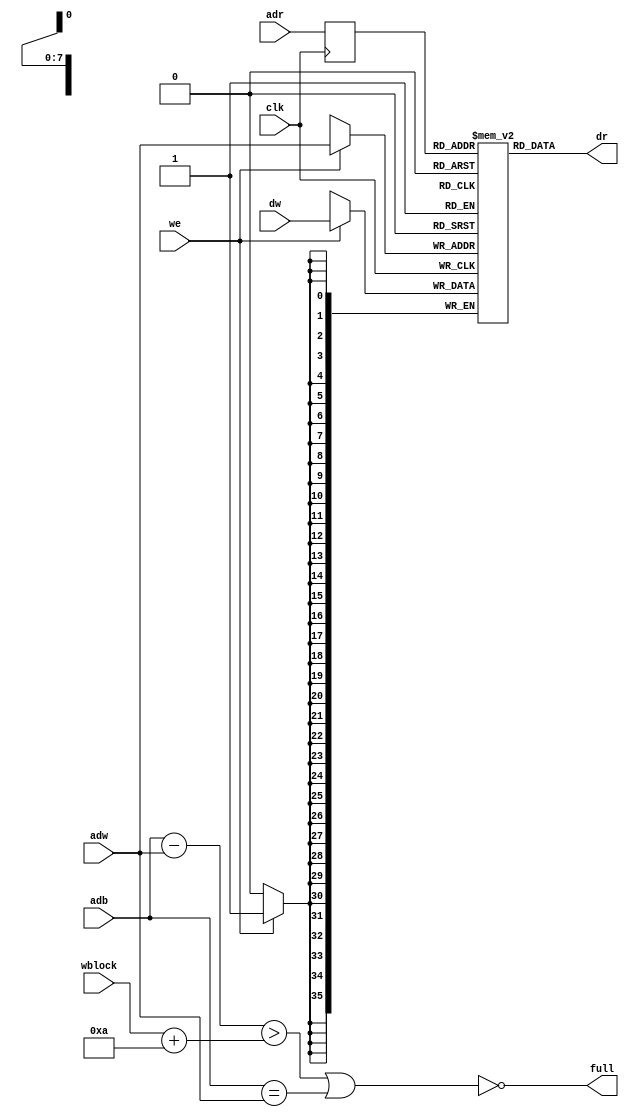
// This  Verilog HDL  source  file was  automatically generated
// by C++ model based on VPP library. Modification of this file
// is possible, but if you want to keep it in sync with the C++
// model,  please  modify  the model and re-generate this file.
// VPP library web-page: http://www.phys.ufl.edu/~madorsky/vpp/

// Timestamp : Mon Apr 25 18:06:17 2022

module best_memory
(
    adw,
    adr,
    adb,
    dw,
    dr,
    we,
    wblock,
    full,
    clk
);

    input [7:0] adw;
    input [7:0] adr;
    input [7:0] adb;
    input [35:0] dw;
    output [35:0] dr;
    input we;
    input [7:0] wblock;
    output full;
    input clk;

    reg [7:0] adrr;
    reg [35:0] mem [255:0];
    // synthesis attribute ram_style of mem is block
    wire [7:0] diff;
    assign diff = adb - adw;
    assign full = !((diff > (wblock + 10)) || (adb == adw));
    always @(posedge clk) 
    begin
        if (we) mem[adw] = dw;
        adrr = adr;
    end
    assign dr = mem[adrr];
endmodule